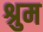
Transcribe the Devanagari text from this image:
श्रुम